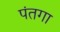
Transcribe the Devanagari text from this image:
पंतगा